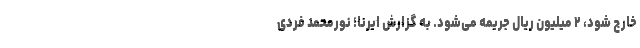
خارج شود، ۲ میلیون ریال جریمه می‌شود. به گزارش ایرنا؛ نورمحمد فردی